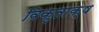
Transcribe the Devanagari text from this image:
विकृताक्ष